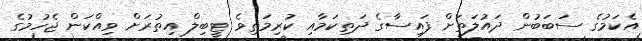
އެކަމުގެ ސަބަބުން ދައުލަތަށް ފައިސާގެ ދަތިކަމާއި ކުރިމަތިވެ ޓީބިލް އިތުރަށް ވިއްކަން ޖެހުމުގެ